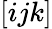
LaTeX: [ijk]